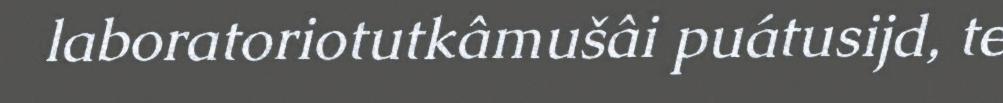
laboratoriotutkâmušâi puátusijd, te